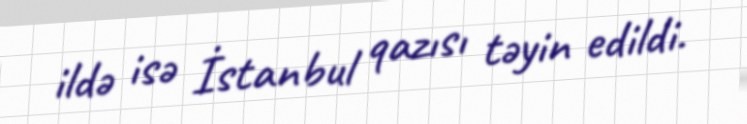
ildə isə İstanbul qazısı təyin edildi.